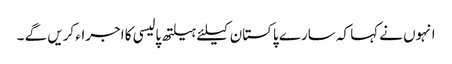
انہوں نے کہا کہ سارے پاکستان کیلئے ہیلتھ پالیسی کا اجراء کریں گے ۔